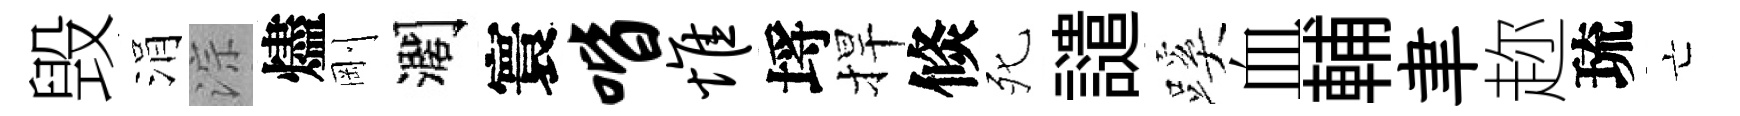
毁涓淙燼剛濶寰喈惟埓捍倐死譴蹊血輔聿趂琉亡